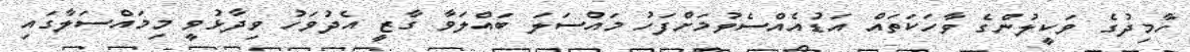
ހާމިދުގެ ވަކީލުންގެ ވާހަކަތައް އަޑުއެއްސެވުމަށްފަހު މައްސަލަ ބައްލަވާ ގާޒީ އެދުވަހު ވިދާޅުވީ މިމައްސަލާގައި